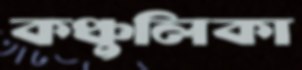
কঞ্চুলিকা